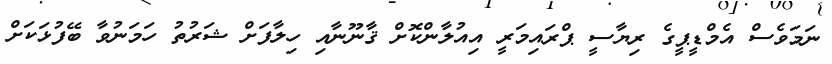
ނަމަވެސް އެމްޑީޕީގެ ރިޔާސީ ޕްރައިމަރީ އިއުލާންކޮށް ޤާނޫނާއި ހިލާފަށް ޝަރުތު ހަމަނުވާ ބޭފުޅަކަށް